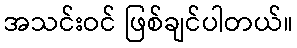
အသင်းဝင် ဖြစ်ချင်ပါတယ်။